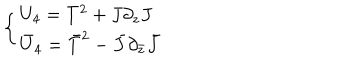
LaTeX: \left\{ \begin{array} { l } { { U _ { 4 } = T ^ { 2 } + J \partial _ { z } J } } \\ { { \bar { U } _ { 4 } = \bar { T } ^ { 2 } - \bar { J } \partial _ { \bar { z } } \bar { J } } } \\ \end{array} \right.